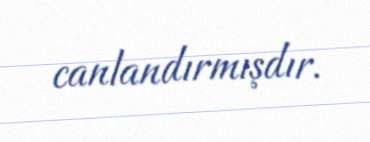
canlandırmışdır.